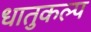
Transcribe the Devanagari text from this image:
धातुकल्प